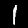
Digit: 1